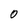
Character: 0